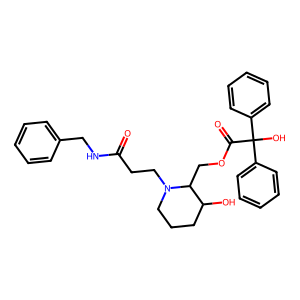
SMILES: O=C(CCN1CCCC(O)C1COC(=O)C(O)(c1ccccc1)c1ccccc1)NCc1ccccc1
Inhibits HIV replication: No